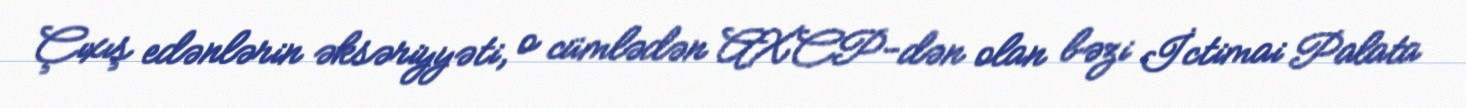
Çıxış edənlərin əksəriyyəti, o cümlədən AXCP-dən olan bəzi İctimai Palata